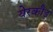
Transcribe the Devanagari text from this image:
येरकौड़